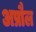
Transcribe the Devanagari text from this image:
अप्रौल